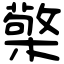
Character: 檠